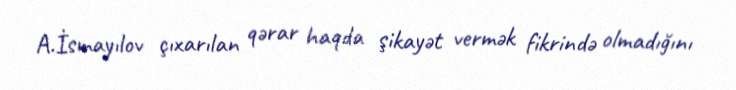
A.İsmayılov çıxarılan qərar haqda şikayət vermək fikrində olmadığını